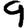
Digit: 9